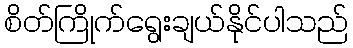
စိတ်ကြိုက်ရွေးချယ်နိုင်ပါသည်